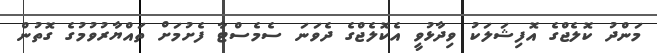
މަންދު ކޮލެޖްގެ އޮފިޝަލަކު ވިދާޅުވީ އެކޮލެޖްގެ ދެވަނަ ސެމެސްޓާ ފެށުމަށް ތައްޔާރުވުމުގެ ގޮތުން